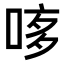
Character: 𠴽